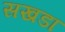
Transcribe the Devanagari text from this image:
सखडा